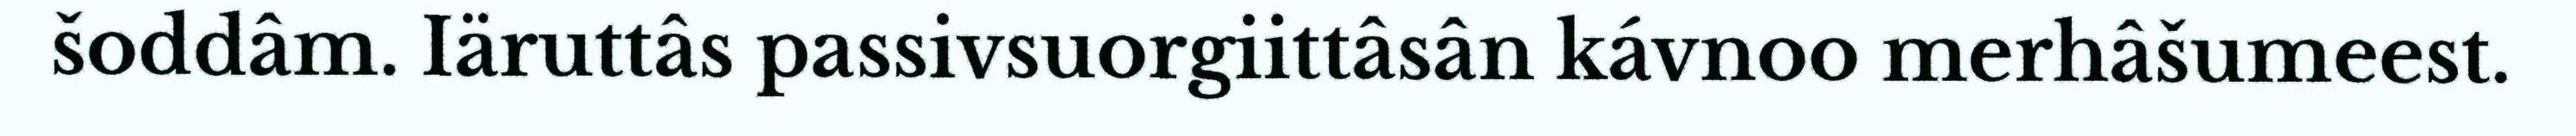
šoddâm. Iäruttâs passivsuorgiittâsân kávnoo merhâšumeest.